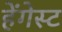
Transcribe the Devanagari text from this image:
हेंगेस्ट